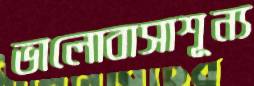
ভালোবাসাশূন্য